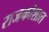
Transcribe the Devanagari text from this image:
राजकोशात